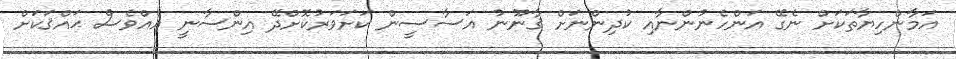
އަމާންހިޔާތަކަށް ނެގޭ އަންހެނުންނާއި ކުދިންނަށް ޤާނޫނު އަސާސީން ކަށަވަރުކޮށްދޭ އިންސާނީ އެއްވެސް ޙައްޤަކަށް